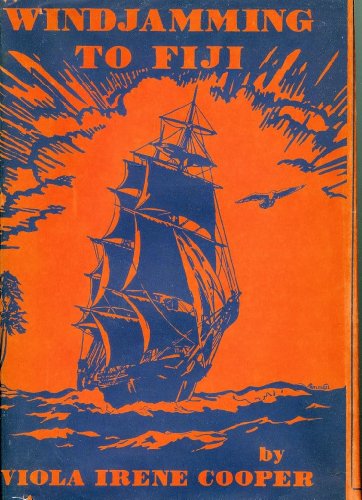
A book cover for Windjamming to Fiji,; Viola Irene Cooper; Travel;